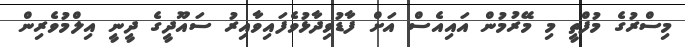
މިސްރުގެ މުފްތީ މި މޭރުމުން އައިއެސް އަށް ފާޑުވިދާޅުވެފައިވާއިރު ސައޫދީގެ ދީނީ އިލްމުވެރިން